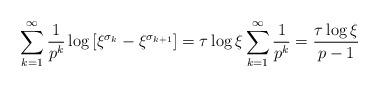
LaTeX: \begin{align*}\sum_{k=1}^\infty \frac{1}{p^k} \log \left[ \xi^{\sigma_k} - \xi^{\sigma_{k+1}} \right] = \tau\log \xi \sum_{k=1}^\infty \frac{1}{p^k} = \frac{\tau \log \xi}{p-1}\end{align*}